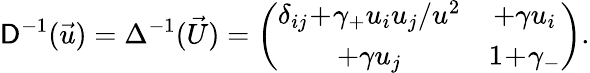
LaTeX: \mathsf{D}^{-1}(\vec{{u}})=\Delta^{-1}(\vec{{U}})=\left(\begin{array}{cc}{{\delta_{ij}\! +\! \gamma_{+}u_{i}u_{j}/u^{2}}}&{{+\gamma u_{i}}}\\ {{+\gamma u_{j}}}&{{1\! +\! \gamma_{-}}}\end{array}\right).